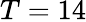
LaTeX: T=14